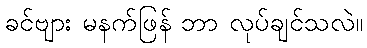
ခင်ဗျား မနက်ဖြန် ဘာ လုပ်ချင်သလဲ။